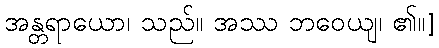
အန္တရာယော၊ သည်။ အဿ ဘဝေယျ၊ ၏။]